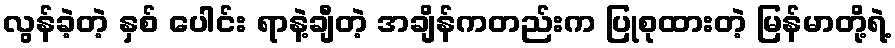
လွန်ခဲ့တဲ့ နှစ် ပေါင်း ရာနဲ့ချီတဲ့ အချိန်ကတည်းက ပြုစုထားတဲ့ မြန်မာတို့ရဲ့